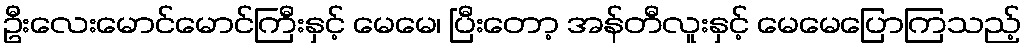
ဦးလေးမောင်မောင်ကြီးနှင့် မေမေ၊ ပြီးတော့ အန်တီလူးနှင့် မေမေပြောကြသည့်